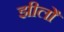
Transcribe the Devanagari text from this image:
झीलोँ